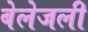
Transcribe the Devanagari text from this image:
बेलेजली